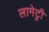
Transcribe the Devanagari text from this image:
लामेट्री